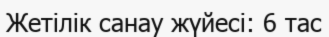
Жетілік санау жүйесі: 6 тас